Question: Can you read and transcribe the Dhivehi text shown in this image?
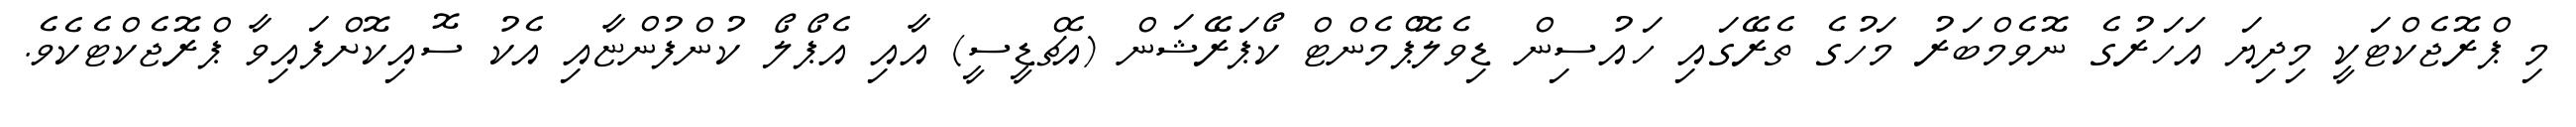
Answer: މި ޕްރޮޖެކްޓަކީ މިދިޔަ އަހަރުގެ ނޮވެމްބަރު މަހުގެ ތެރޭގައި ހައުސިން ޑިވެލޮޕްމެންޓް ކޯޕަރޭޝަން (އެޗްޑީސީ) އާއި އެޕޯލޯ ކުންފުންޏާއި އެކު ސޮއިކޮށްފައިވާ ޕްރޮޖެކްޓެކެވެ.